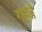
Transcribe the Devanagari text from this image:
गहते